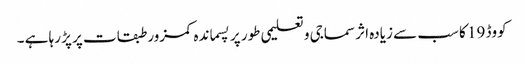
کووڈ 19 کا سب سے زیادہ اثر سماجی و تعلیمی طور پر پسماندہ کمزور طبقات پر پڑ رہا ہے ۔